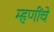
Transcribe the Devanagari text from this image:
म्हणींचे